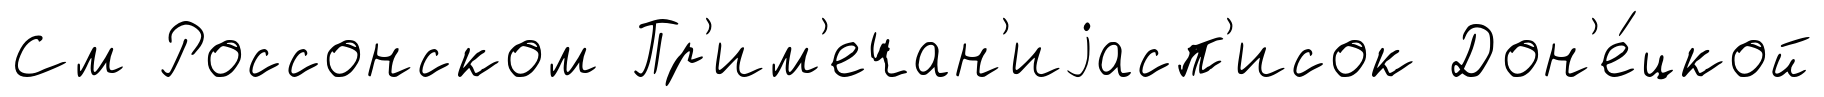
См Россонском Пр'им'ечан'иjасп'исок Дон'е́цкой